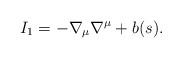
LaTeX: \begin{align*}I_1 = - \nabla_{\mu} \nabla^{\mu} + b(s).\end{align*}